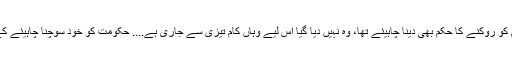
’’عدالت نے از خود نوٹس تو لیا ہے لیکن (تعمیراتی) کام کو روکنے کا حکم بھی دینا چاہیئے تھا، وہ نہیں دیا گیا اس لیے وہاں کام تیزی سے جاری ہے.... حکومت کو خود سوچنا چاہیئے کے اقلیتوں کے حقیقی مسائل ہیں جن کو حل کرنا چاہیئے۔